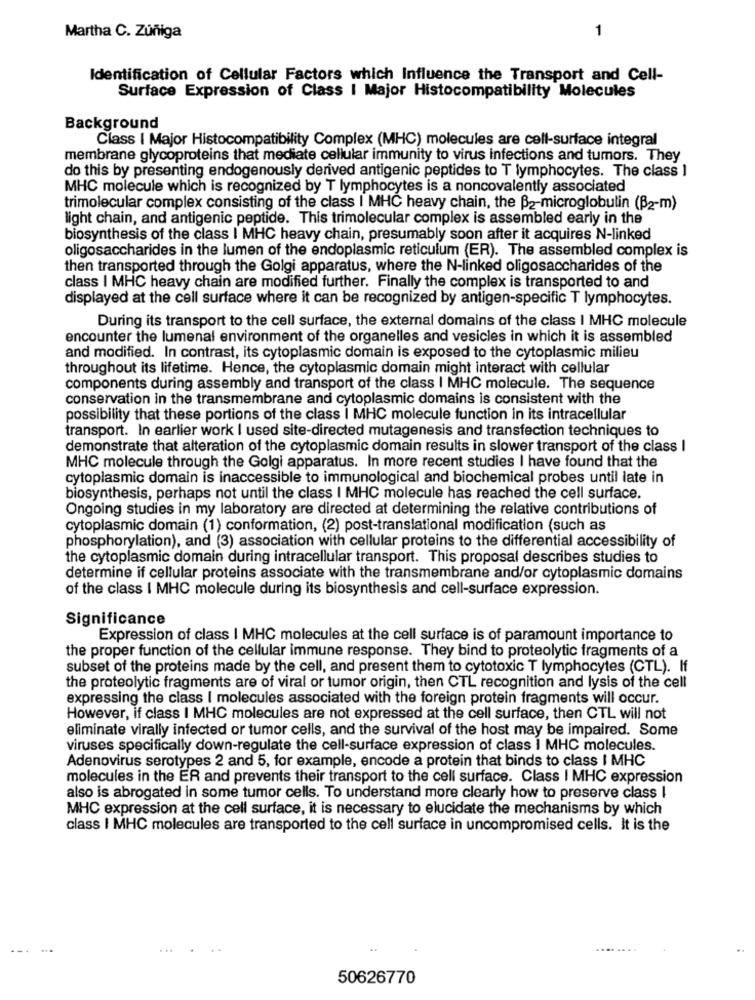
1
Martha C. Zúñiga
Identification of Cellular Factors which Influence the Transport and Cell-
Surface Expression of Class I Major Histocompatibility Molecules
Background
Class | Major Histocompatibility Complex (MHC) molecules are cell-surface integral
membrane glycoproteins that mediate cellular immunity to virus infections and tumors. They
do this by presenting endogenously derived antigenic peptides to T lymphocytes. The class ]
MHC molecule which is recognized by T lymphocytes is a noncovalently associated
trimolecular complex consisting of the class | MHC heavy chain, the B2-microglobulin (B2-m)
light chain, and antigenic peptide. This trimolecular complex is assembled early in the
biosynthesis of the class I MHC heavy chain, presumably soon after it acquires N-linked
oligosaccharides in the lumen of the endoplasmic reticulum (ER). The assembled complex is
then transported through the Golgi apparatus, where the N-linked oligosaccharides of the
class I MHC heavy chain are modified further. Finally the complex is transported to and
displayed at the cell surface where it can be recognized by antigen-specific T lymphocytes.
During its transport to the cell surface, the external domains of the class I MHC molecule
encounter the lumenal environment of the organelles and vesicles in which it is assembled
and modified. In contrast, its cytoplasmic domain is exposed to the cytoplasmic milieu
throughout its lifetime. Hence, the cytoplasmic domain might interact with cellular
components during assembly and transport of the class I MHC molecule. The sequence
conservation in the transmembrane and cytoplasmic domains is consistent with the
possibility that these portions of the class I MHC molecule function in its intracellular
transport. In earlier work I used site-directed mutagenesis and transfection techniques to
demonstrate that alteration of the cytoplasmic domain results in slower transport of the class I
MHC molecule through the Golgi apparatus. In more recent studies I have found that the
cytoplasmic domain is inaccessible to immunological and biochemical probes until late in
biosynthesis, perhaps not until the class I MHC molecule has reached the cell surface.
Ongoing studies in my laboratory are directed at determining the relative contributions of
cytoplasmic domain (1) conformation, (2) post-translational modification (such as
phosphorylation), and (3) association with cellular proteins to the differential accessibility of
the cytoplasmic domain during intracellular transport. This proposal describes studies to
determine if cellular proteins associate with the transmembrane and/or cytoplasmic domains
of the class I MHC molecule during its biosynthesis and cell-surface expression.
Significance
Expression of class | MHC molecules at the cell surface is of paramount importance to
the proper function of the cellular immune response. They bind to proteolytic fragments of a
subset of the proteins made by the cell, and present them to cytotoxic T lymphocytes (CTL). If
the proteolytic fragments are of viral or tumor origin, then CTL recognition and lysis of the cell
expressing the class I molecules associated with the foreign protein fragments will occur.
However, if class I MHC molecules are not expressed at the cell surface, then CTL will not
eliminate virally infected or tumor cells, and the survival of the host may be impaired. Some
viruses specifically down-regulate the cell-surface expression of class I MHC molecules.
Adenovirus serotypes 2 and 5, for example, encode a protein that binds to class I MHC
molecules in the ER and prevents their transport to the cell surface. Class I MHC expression
also is abrogated in some tumor cells. To understand more clearly how to preserve class I
MHC expression at the cell surface, it is necessary to elucidate the mechanisms by which
class I MHC molecules are transported to the cell surface in uncompromised cells. It is the
...
50626770